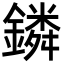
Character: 鏻